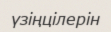
үзіңцілерін